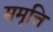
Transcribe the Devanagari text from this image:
समृत्ति